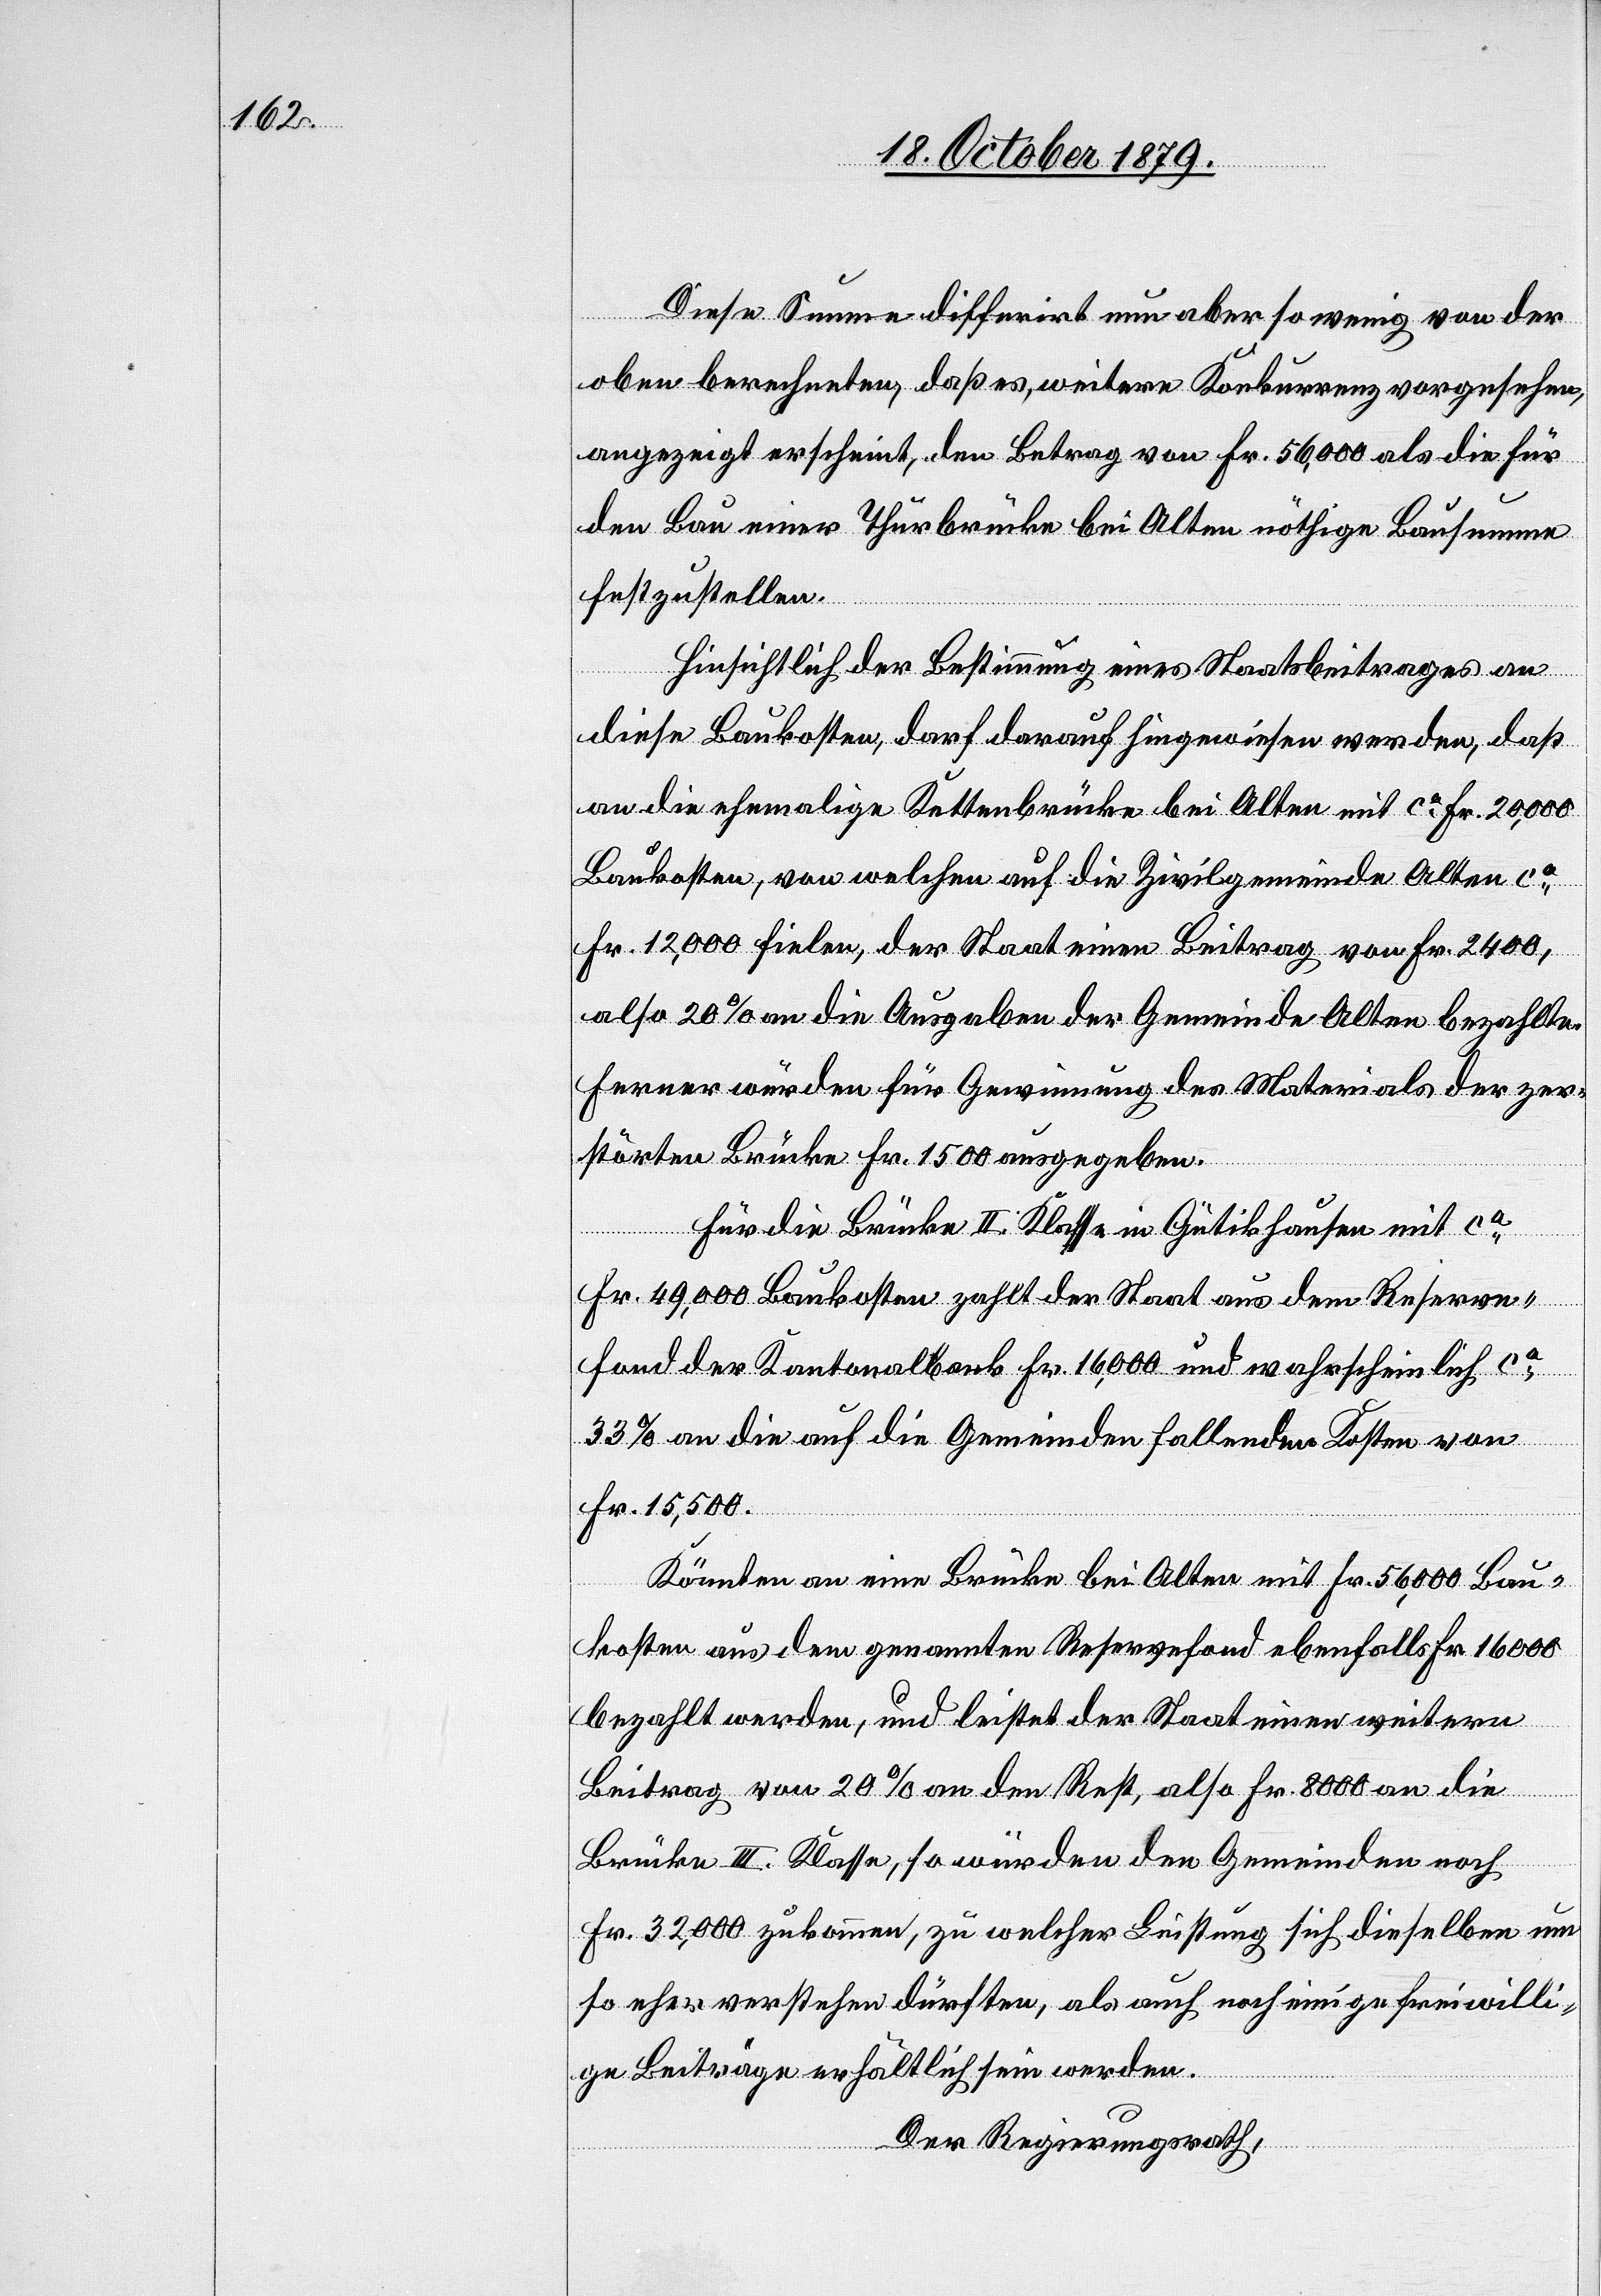
Diese Summe differirt nun aber so wenig von der
oben berechneten, daß es, weitere Konkurrenz vorgesehen,
angezeigt erscheint, den Betrag von Fr. 56,000 als die für
den Bau einer Thurbrücke bei Olten nöthige Bausumme
festzustellen.
Hinsichtlich der Bestimmung eines Staatsbeitrages an
diese Baukosten, darf darauf hingewiesen werden, daß
an die ehemalige Kettenbrücke bei Olten mit ca Fr. 20,000
Baukosten, von welchen auf die Zivilgemeinde Olten ca
Fr. 12,000 fielen, der Staat einen Beitrag von Fr. 2400,
also 20 % an die Ausgaben der Gemeinde Olten bezahlte.
Ferner würden für Gewinnung des Materials der zer¬
störten Brücke Fr. 1500 ausgegeben.
Für die Brücke II. Klasse in Gütikhausen mit ca
Fr. 49,000 Baukosten zahlt der Staat aus dem Reserve¬
fond der Kantonalbank Fr. 16,000 und wahrscheinlich ca
33 % an die auf die Gemeinde fallenden Kosten von
Fr. 15,500
Könnten an eine Brücke bei Olten mit Fr. 56,000 Bau¬
kosten aus dem genannten Reservefond ebenfalls Fr. 16 000
bezahlt werden, und leistet der Staat einen weiteren
Beitrag von 20 % an den Rest, also Fr. 8000 an die
Brücke III. Klasse, so würden den Gemeinden noch
Fr. 32,000 zukommen, zu welcher Leistung sich dieselben um
so eher verstehen dürften, als auch noch einige freiwilli¬
ge Beiträge erhältlich sein werden.
Der Regierungsrath,